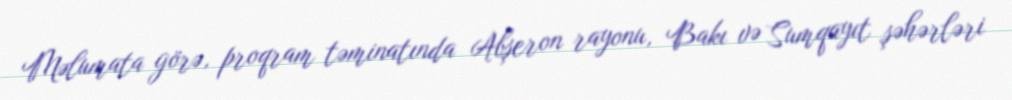
Məlumata görə, proqram təminatında Abşeron rayonu, Bakı və Sumqayıt şəhərləri